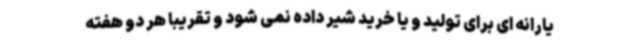
یارانه ای برای تولید و یا خرید شیر داده نمی شود و تقریبا هر دو هفته